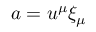
a = u ^ { \mu } \xi _ { \mu }